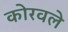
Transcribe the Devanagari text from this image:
कोरवले